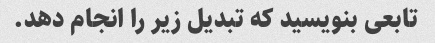
تابعی بنویسید که تبدیل زیر را انجام دهد.